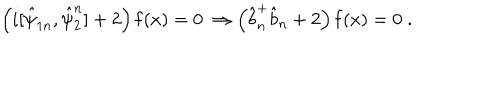
LaTeX: \left( i [ \hat { \psi } _ { 1 n } , \hat { \psi } _ { 2 } ^ { n } ] + 2 \right) { \bf f } ( x ) = 0 \; \Rightarrow \left( \hat { b } _ { n } ^ { + } \hat { b } _ { n } + 2 \right) { \bf f } ( x ) = 0 \; .